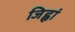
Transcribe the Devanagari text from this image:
जिह्वां